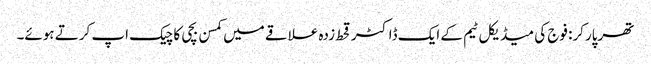
تھرپارکر: فوج کی میڈیکل ٹیم کے ایک ڈاکٹر قحط زدہ علاقے میں کمسن بچی کا چیک اپ کرتے ہوئے۔